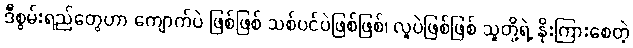
ဒီစွမ်းရည်တွေဟာ ကျောက်ပဲ ဖြစ်ဖြစ် သစ်ပင်ပဲဖြစ်ဖြစ်၊ လူပဲဖြစ်ဖြစ် သူတို့ရဲ့ နိုးကြားစေတဲ့